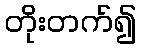
တိုးတက်၍